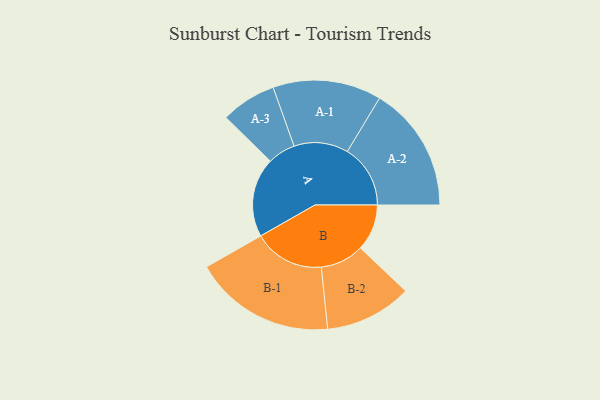
{"axis": {"x": "Segment", "y": "Value"}, "legend": ["", "A", "B"], "data": [{"x": "A", "y": 326, "type": ""}, {"x": "B", "y": 191, "type": ""}, {"x": "A-1", "y": 223, "type": "A"}, {"x": "A-2", "y": 259, "type": "A"}, {"x": "A-3", "y": 114, "type": "A"}, {"x": "B-1", "y": 291, "type": "B"}, {"x": "B-2", "y": 179, "type": "B"}]}